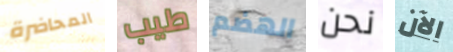
المحاضرة طيب الهضم نحن الآن